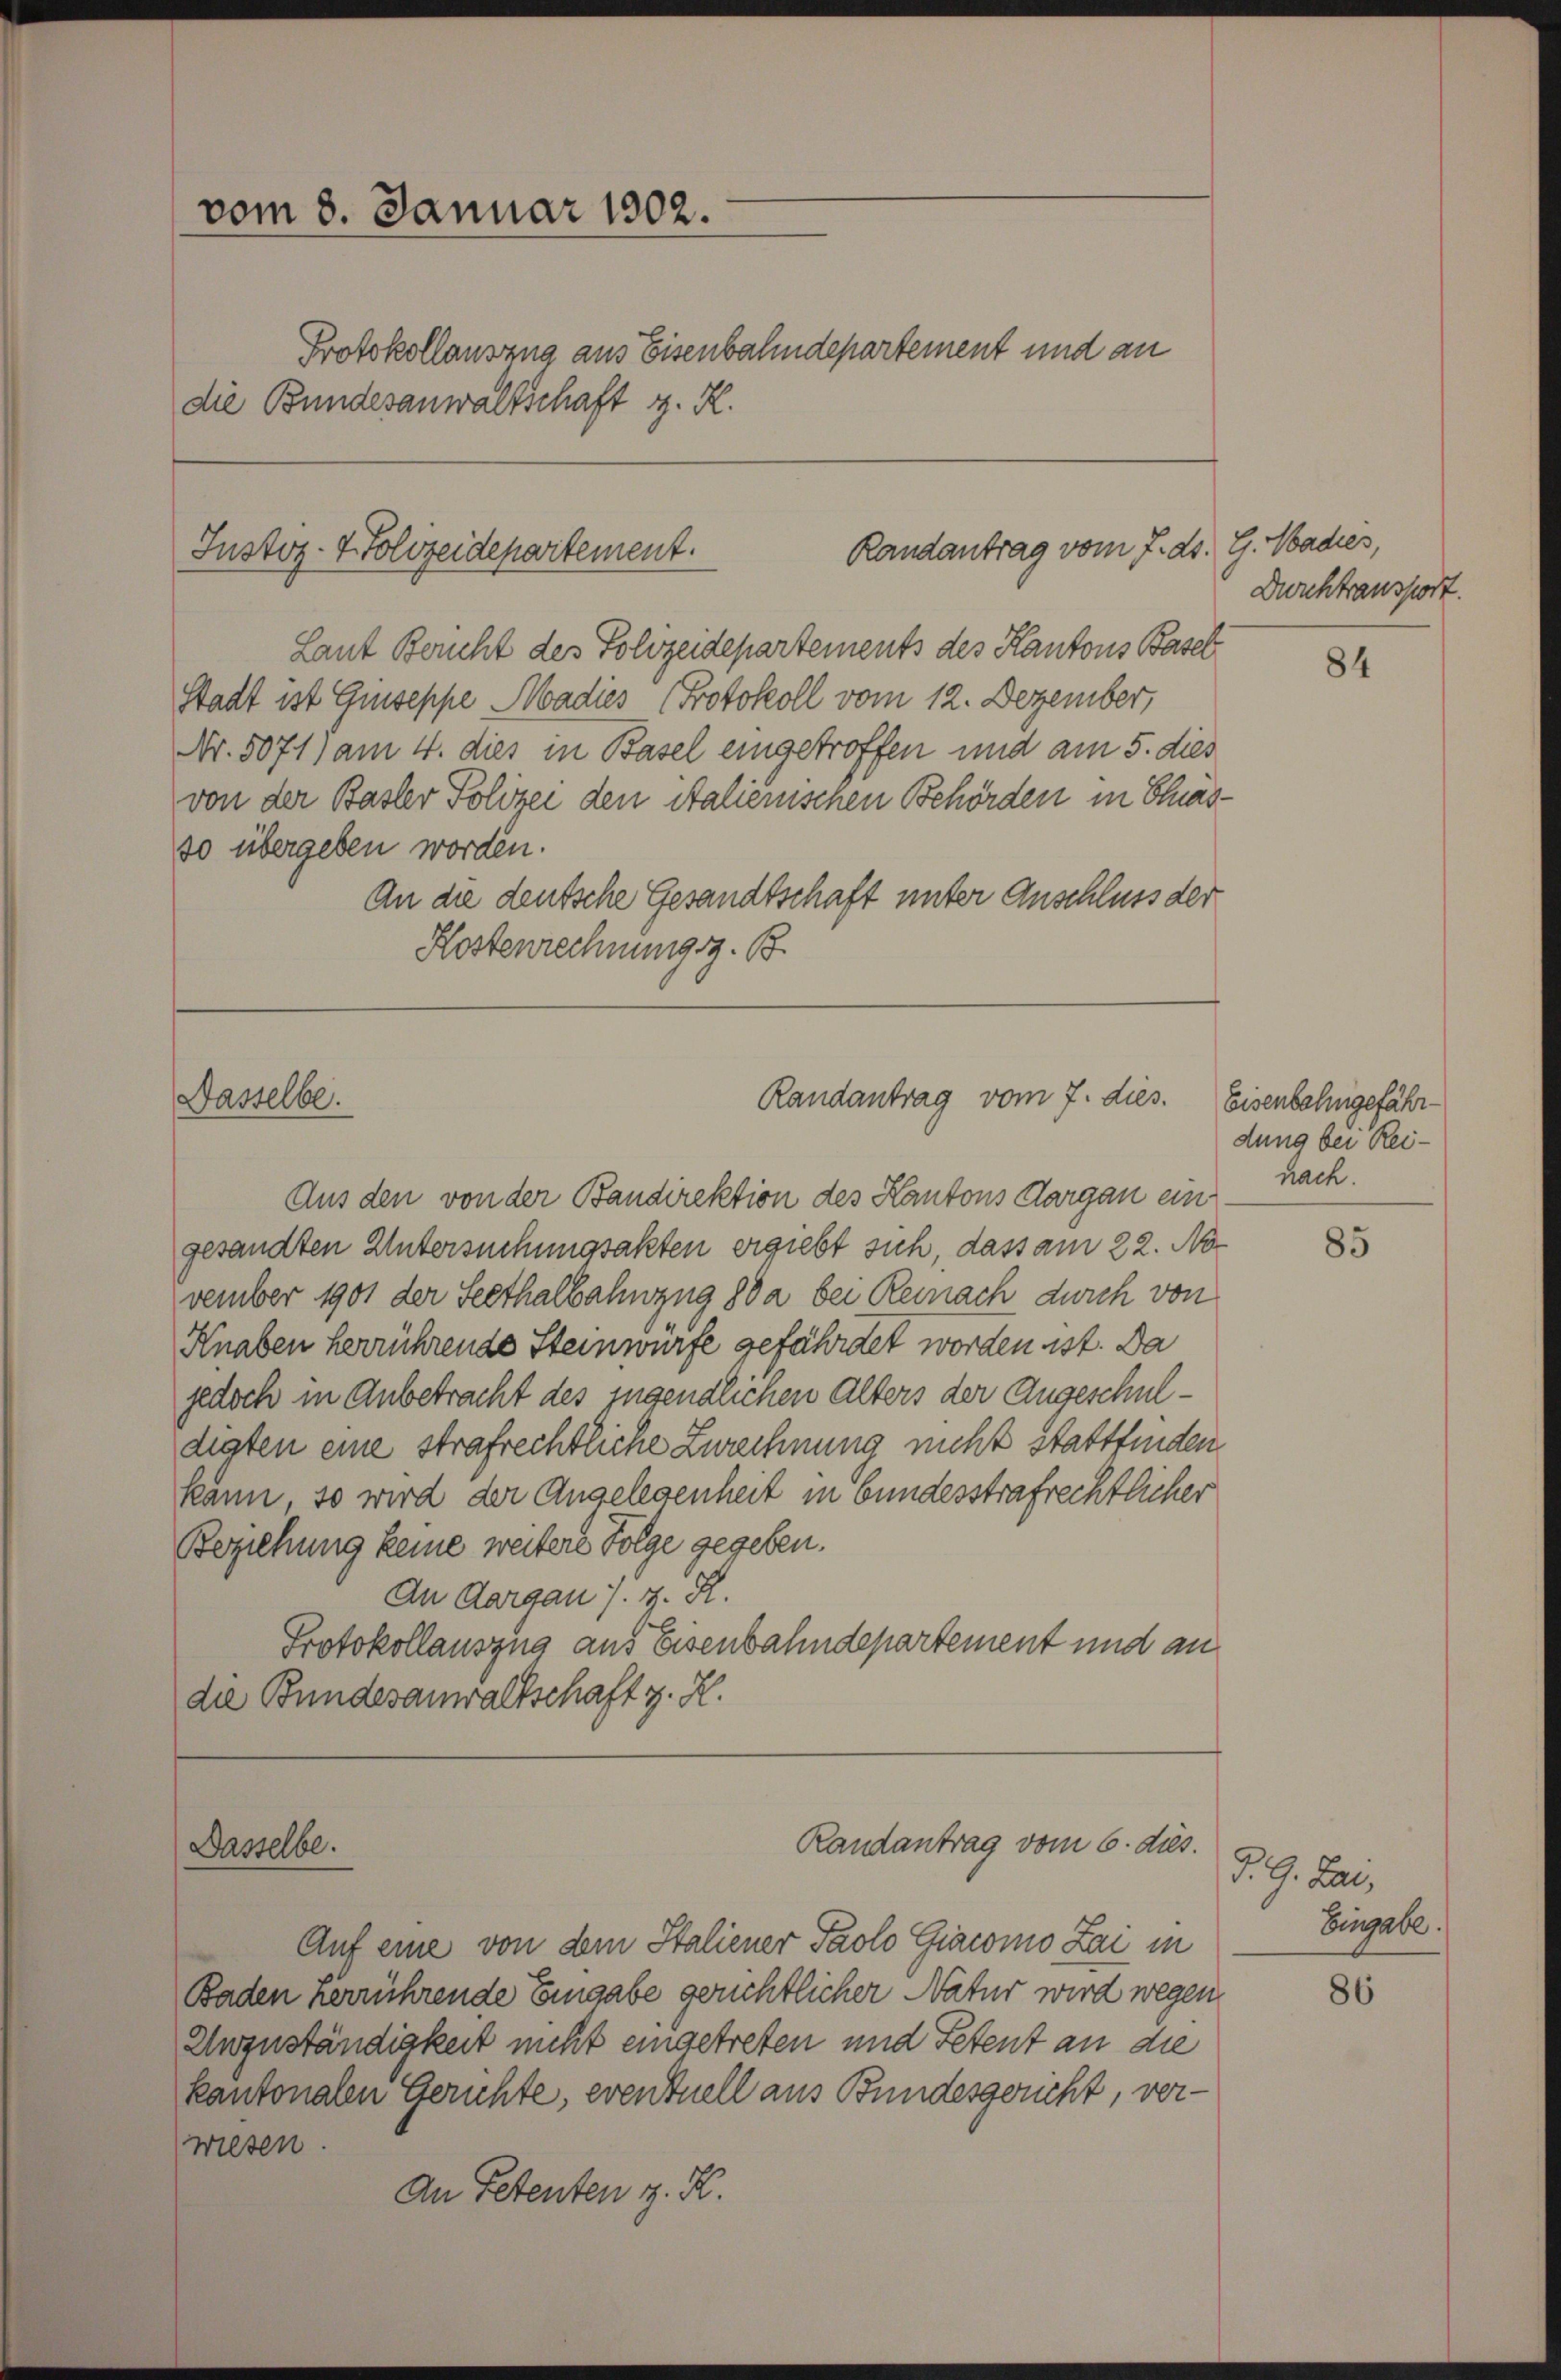
vom 8. Januar 1902.
Protokollausung aus Eisenbahndepartement und an
die Bundesanwaltschaft z. R.

Randantrag vom 7. ds. G. Madres,
Justiz- & Polizeidepartement.

Nasselbe.

Dasselbe.

Randantrag vom 7. dies.

Laut Bericht des Polizeidepartements des Kantons Basel
Stadt ist Guseppe Aadies Protokoll vom 12. Dezember,
Nr. 5071) am 4. dies in Basel eingetroffen und am 5. dies
von der Basler Polizei den Stalienischen Behörden in Chias-
so übergeben worden.
An die deutsche Gesandtschaft unter Anschluss der
Kostenrechnung z. B.

Aus den von der Bandirektion des Kantons Aargau eingesandten Untersuchungsakten ergiebt sich, dass am 22. No
vember 1901 der Seethalbahnzug 80 a bei Reinach durch von
Knaben herrührende Steinwürfe gefährdet worden ist. Da
jedoch in Anbetracht des jugendlichen Alters der Angeschuldiaten eine strafrechtliche Zurechnung nicht stattfinden
känn, so wird der Angelegenheit in bundesstrafrechtlicher
Beziehung keine weitere Folge gegeben.
An Aargau s. z. R.
Protokollauszug aus Eisenbahndepartement und an
die Bundesanwaltschaft z. R.

Randantrag vom 6. dies.

Auf eine von dem Staliener Paolo Giacomo Lai in
Baden verrührende Eingabe gerichtlicher Natur wird wegen
Ewzuständigkeit nicht eingetreten und Petent an die
kantonalen Gerichte, eventuell aus Bundesgericht, verwesen.
An Petenten z. K.

Durchtransport.

84

Eisenbahngefährdung bei Reinach.

85

d. J. Lan
Eingabe.

86